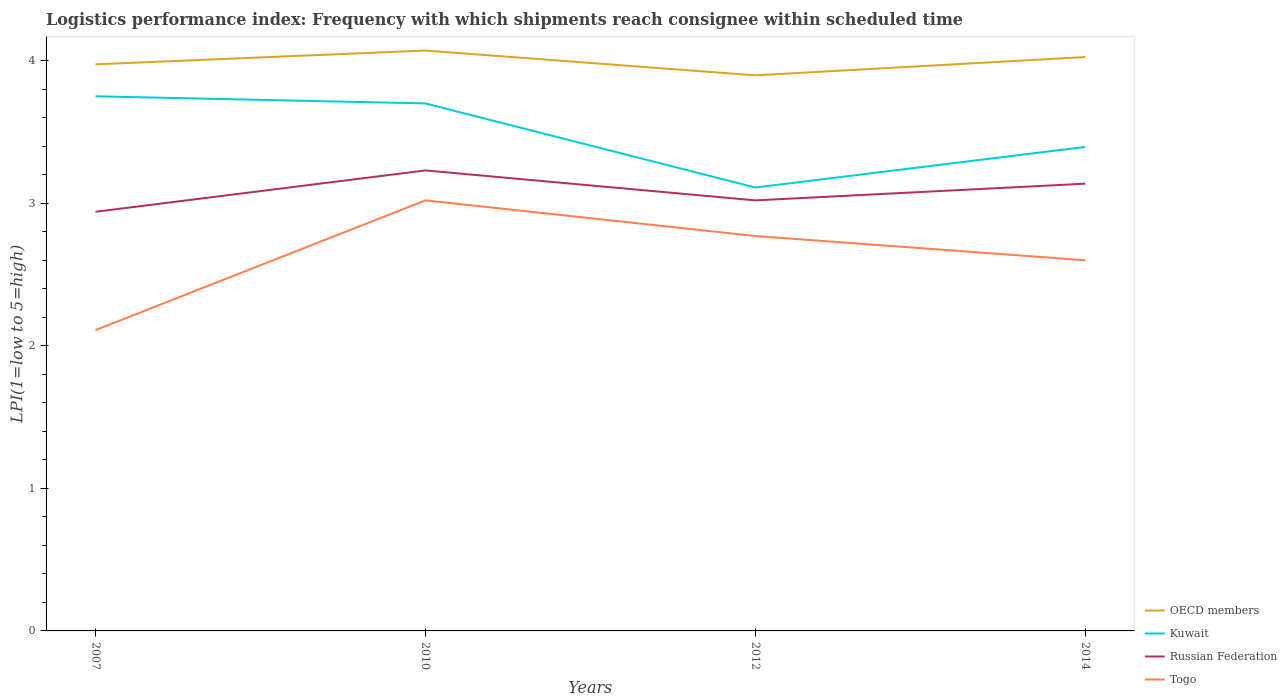
| Years | OECD members | Kuwait | Russian Federation | Togo |
 | --- | --- | --- | --- | --- |
 | 2007 | 3.97 | 3.75 | 2.94 | 2.11 |
 | 2010 | 4.07 | 3.7 | 3.23 | 3.02 |
 | 2012 | 3.9 | 3.11 | 3.02 | 2.77 |
 | 2014 | 4.03 | 3.39 | 3.14 | 2.6 |